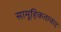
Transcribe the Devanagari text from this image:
सामूहिकतावाद